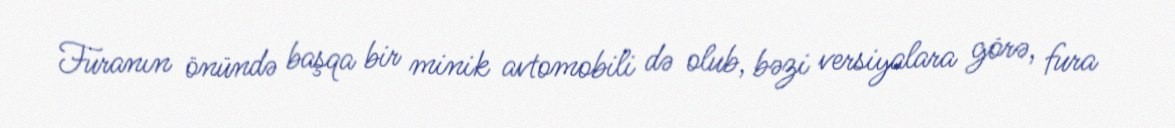
Furanın önündə başqa bir minik avtomobili də olub, bəzi versiyalara görə, fura